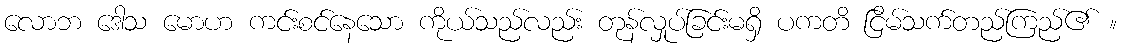
လောဘ ဒေါသ မောဟ ကင်းစင်နေသော ကိုယ်သည်လည်း တုန်လှုပ်ခြင်းမရှိ ပကတိ ငြိမ်သက်တည်ကြည်၏ ။